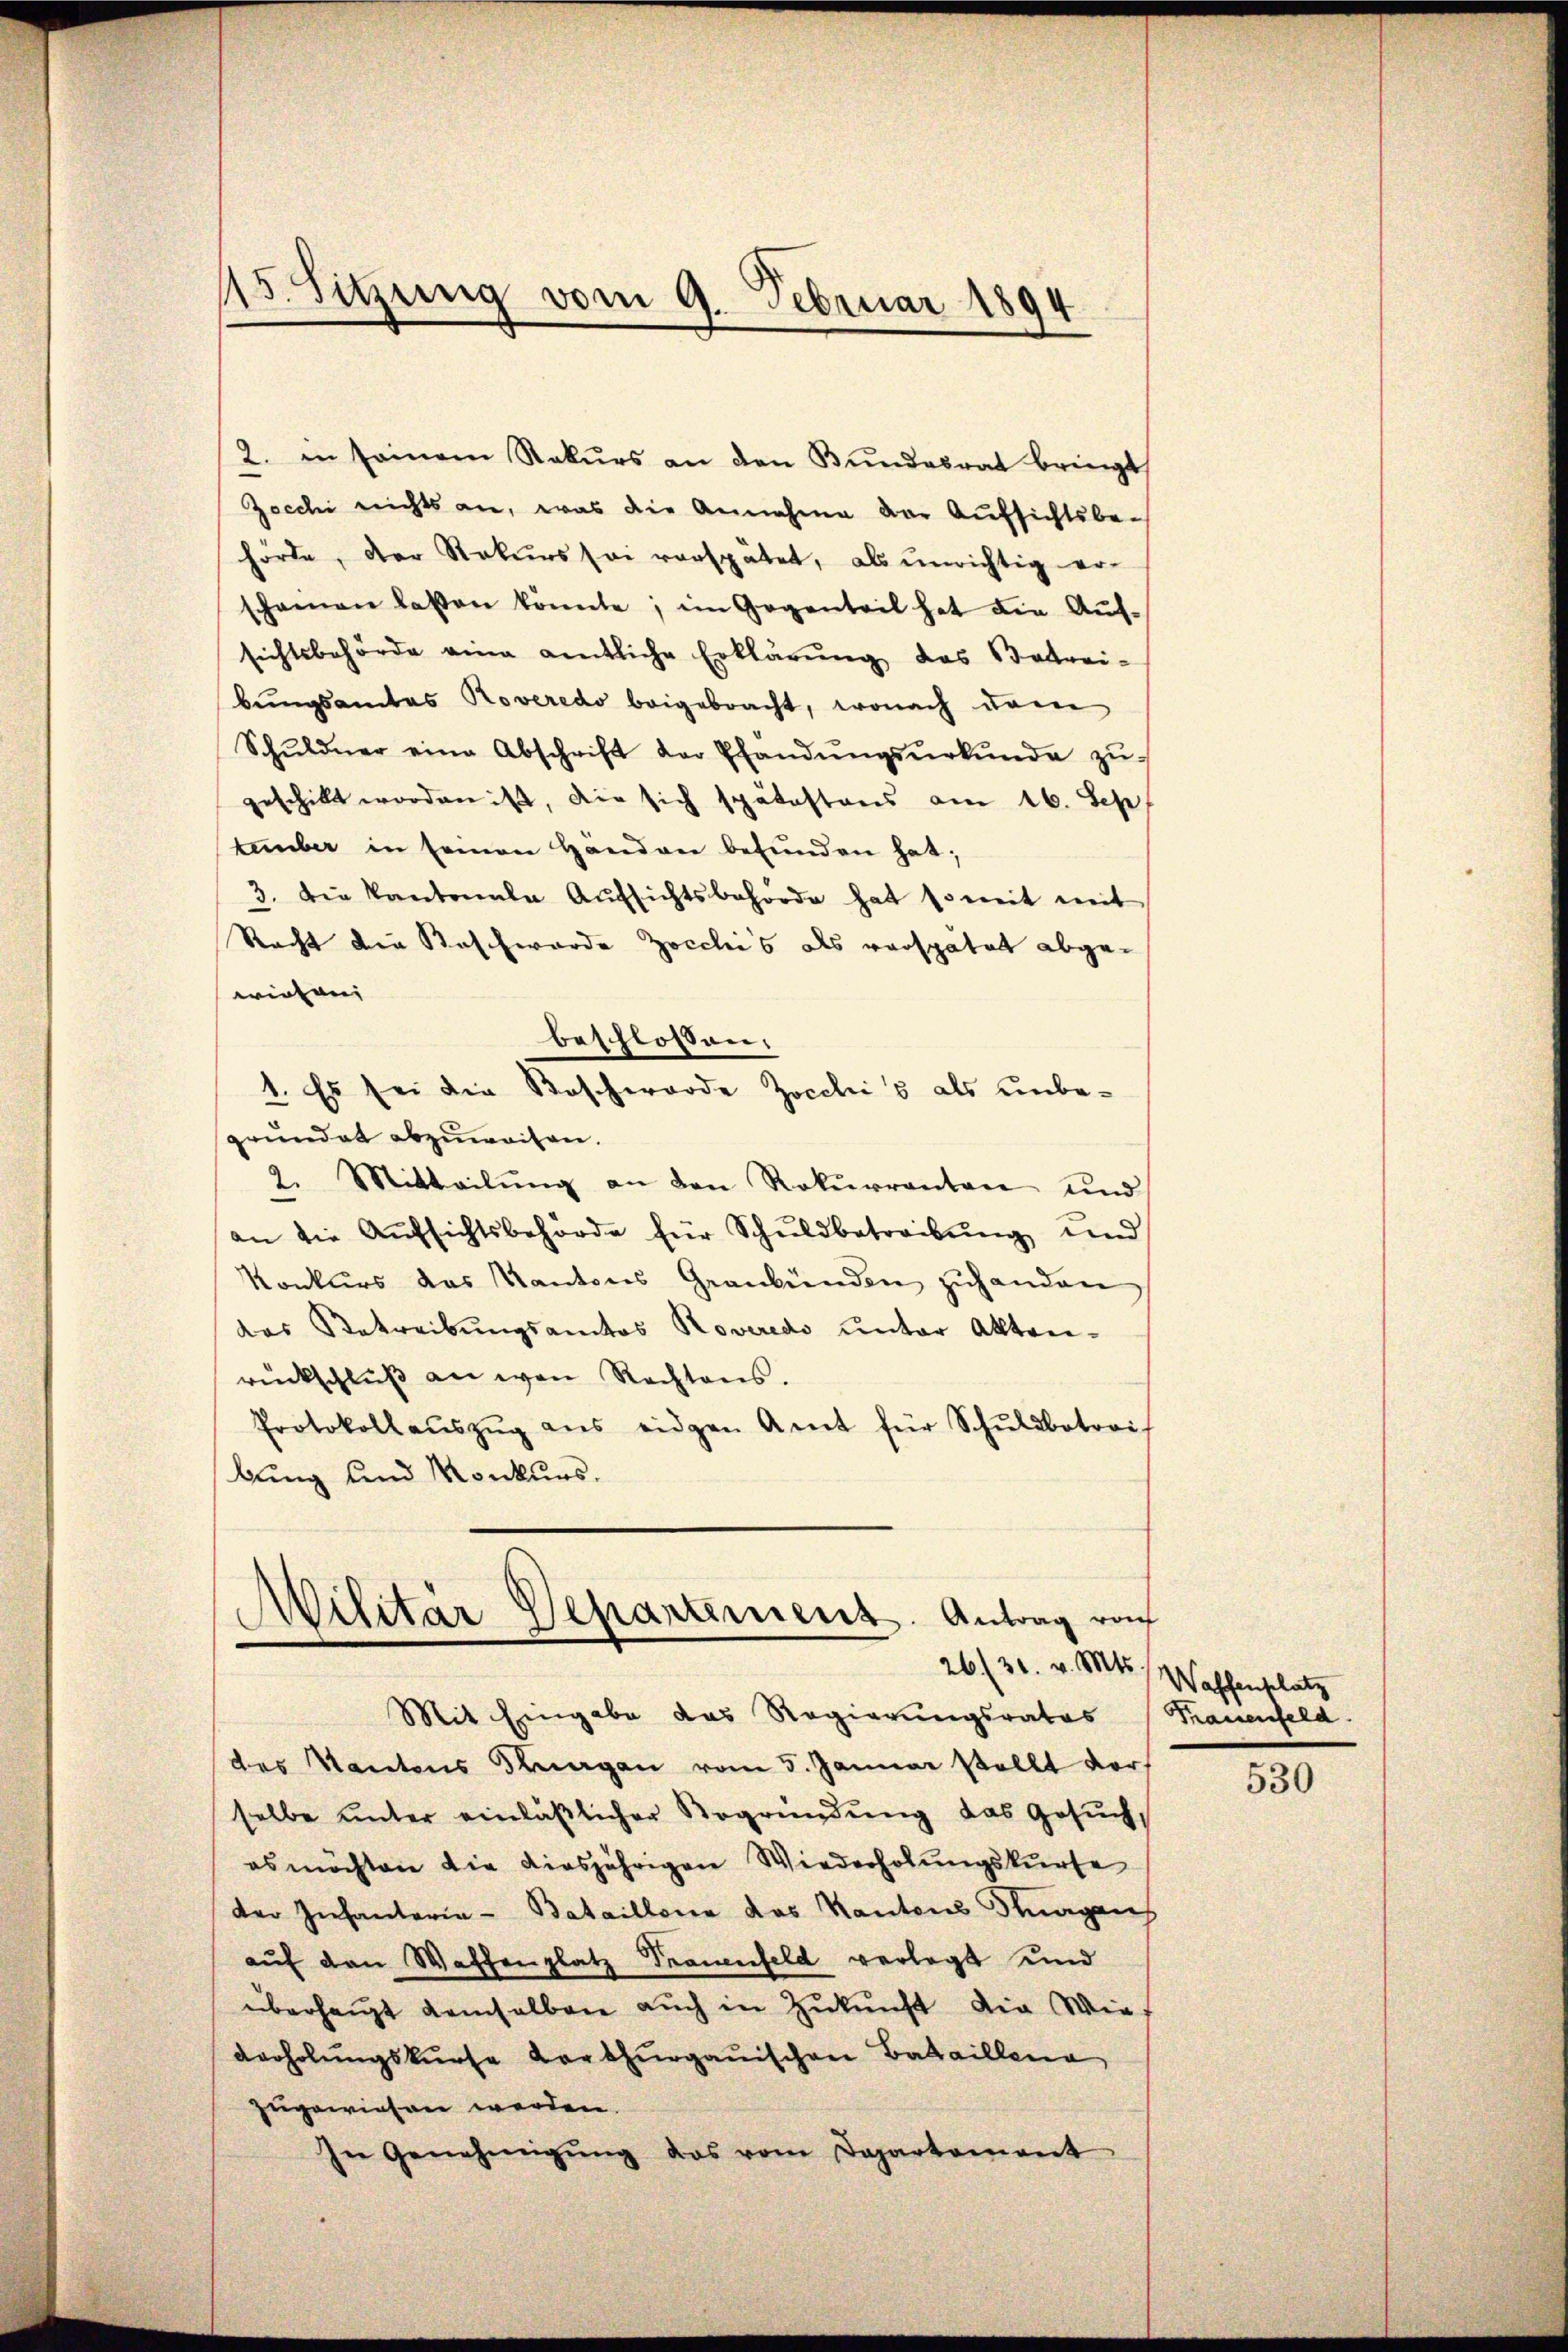
2. in seinem Rekŭrs an den Bŭndesrat bringt,
Zocchi nichts an, was die Annahme der Aufsichtsbehörde, der Rekurs sei verspätet, als unrichtig er-
schienen lassen könnte; im Gegenteil hat die Aŭf-
sichtsbehörde eine amtliche Erklärung des Betrei-
bungsamtes Roveredo beigebracht, wonach dem
Schŭldner eine Abschrift der Pfandŭngsŭrkŭnde zŭ
geschikt worden ist, die sich spätestens am 16. Sep
tumber in seinen Handen befŭnden hat;
3. Die Kantonale Aŭfsichtsbehörde hat somit mit
Recht die Beschwerde Zocchi’s als verspätet abgewiegen
beschlossen:
1. Es sei die Beschwerde Zocchiis als unbegrundet abzuweisen.
2. Mitteilŭng an den Rekurrenten und
an die Aŭfsichtsbehörde für Schŭldbetreibŭng und
Konkurs das Kantons Graubünden zuhanden
das Betreibungsamtos Roveredo unter Aktenrückschlŭβ an von Rechtens.
Protokollaŭszŭg ans eidgen Amt für Schŭldbetrai
bung und Monkurs.

15. Sitzung vom 9. Februar 1894

Militär Departement. Antrag roh
26 (31. v. Mts. Waffenplatz

Mit Eingabe das Regierungsrates (Frauenfeld.
des Kantons Thurgau vom 5. Januar stellt vor.
selbe unter einläßlicher Begründung das Gesuch,
es möchten die diesjährigen Wiederholungskurse
der Infantaria - Bataillone das Kantons Fragen
aŭf den Waffenplatz Trauenfeld verlegt und
überhaupt demselben auch in Zukunft die Wies
derholŭngskurse Karthurgauischen Bataillena
zugewiesen werden.
In Genehmigŭng das vom Dapartement

530